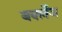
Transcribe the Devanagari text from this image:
बर्क्लेज